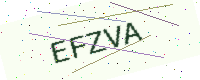
Text: EFZVA